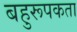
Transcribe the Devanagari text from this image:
बहुरूपकता